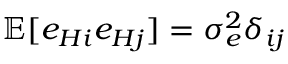
\mathbb { E } [ e _ { H i } e _ { H j } ] = \sigma _ { e } ^ { 2 } \delta _ { i j }